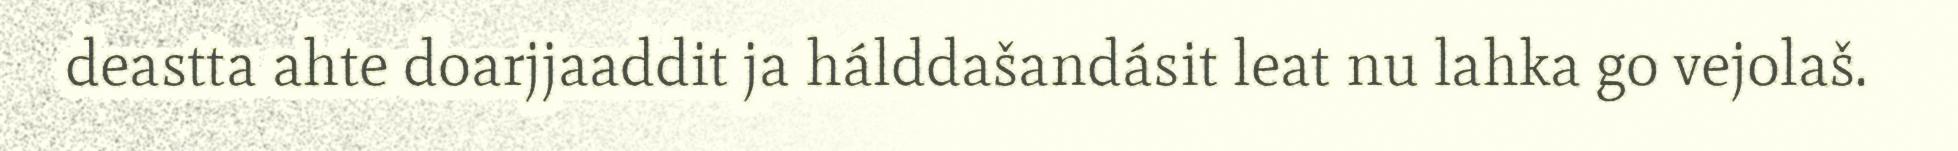
deastta ahte doarjjaaddit ja hálddašandásit leat nu lahka go vejolaš.